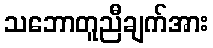
သဘောတူညီချက်အား